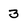
Character: 3